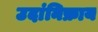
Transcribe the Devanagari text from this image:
उदांनिफ्राय